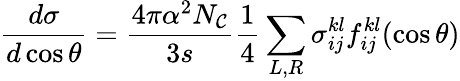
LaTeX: \frac{d\sigma}{d\cos\theta}=\frac{4\pi\alpha^{2}N_{\cal C}}{3s}\frac{1}{4}\sum_{L,R}\sigma_{ij}^{kl}f_{ij}^{kl}(\cos\theta)